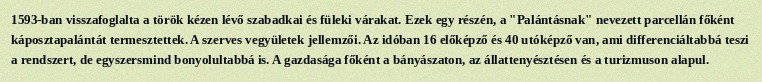
1593-ban visszafoglalta a török kézen lévő szabadkai és füleki várakat. Ezek egy részén, a "Palántásnak" nevezett parcellán főként káposztapalántát termesztettek. A szerves vegyületek jellemzői. Az idóban 16 előképző és 40 utóképző van, ami differenciáltabbá teszi a rendszert, de egyszersmind bonyolultabbá is. A gazdasága főként a bányászaton, az állattenyésztésen és a turizmuson alapul.